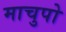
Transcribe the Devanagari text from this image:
माचुपो